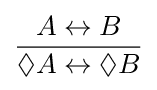
{\frac {A\leftrightarrow B}{\Diamond A\leftrightarrow \Diamond B}}